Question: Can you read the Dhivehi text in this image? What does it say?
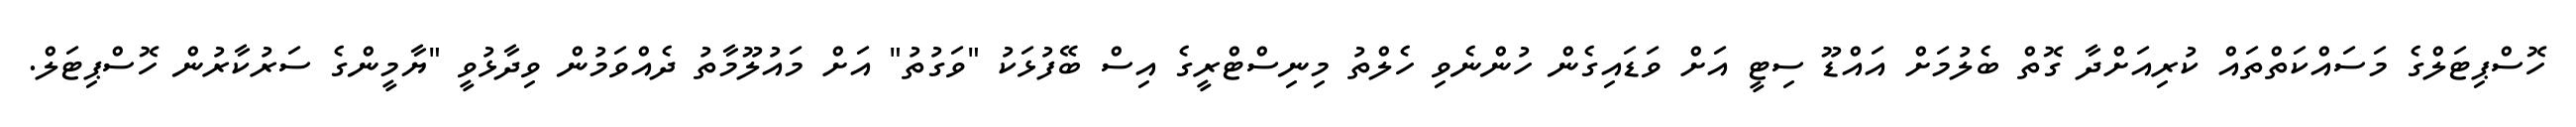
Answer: ހޮސްޕިޓަލްގެ މަސައްކަތްތައް ކުރިއަށްދާ ގޮތް ބެލުމަށް އައްޑޫ ސިޓީ އަށް ވަޑައިގެން ހުންނެވި ހެލްތު މިނިސްޓްރީގެ އިސް ބޭފުޅަކު "ވަގުތު" އަށް މައުލޫމާތު ދެއްވަމުން ވިދާޅުވީ "ޔާމީންގެ ސަރުކާރުން ހޮސްޕިޓަލް.